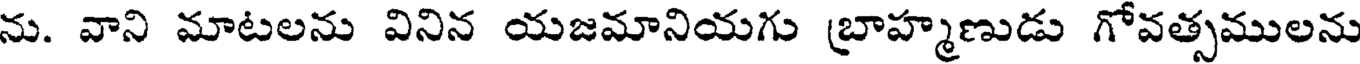
ను. వాని మాటలను వినిన యజమానియగు బ్రాహ్మణుడు గోవత్సములను